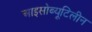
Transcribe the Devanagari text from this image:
आइसोब्यूटिलीन